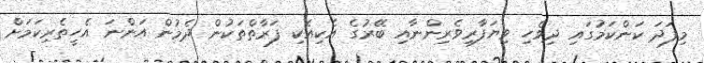
މިފަދަ ކަންކަމުގައި ދިވެހި ވިޔަފާރިވެރިންނާއި ބޭރުގެ އެކިއެކި ފަރާތްތަކުން ދެމުން އަންނަ އެހީތެރިކަމަށް